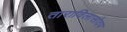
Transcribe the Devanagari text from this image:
ताराविलासोदय